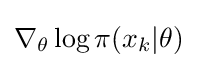
\nabla _{\theta }\log \pi (x_{k}|\theta )